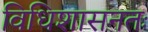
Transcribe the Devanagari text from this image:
विधिशासनतः